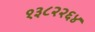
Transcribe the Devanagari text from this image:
१३८२२६४